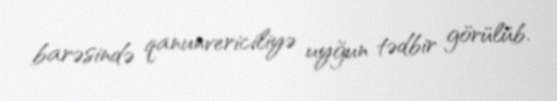
barəsində qanunvericiliyə uyğun tədbir görülüb.